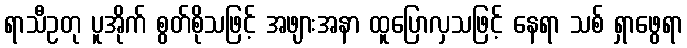
ရာသီဥတု ပူအိုက် စွတ်စိုသဖြင့် အဖျားအနာ ထူပြောလှသဖြင့် နေရာ သစ် ရှာဖွေရာ